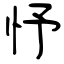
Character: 忬